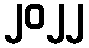
၂၀၂၂